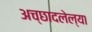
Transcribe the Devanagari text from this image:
अच्छादलेल्या